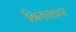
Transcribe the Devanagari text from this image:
नियमत्रण